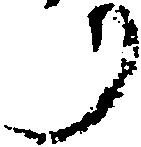
リ